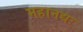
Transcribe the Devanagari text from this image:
महानद्यः